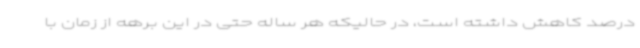
درصد کاهش داشته است، در حالیکه هر ساله حتی در این برهه از زمان با